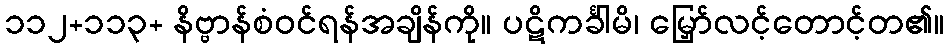
၁၁၂+၁၁၃+ နိဗ္ဗာန်စံဝင်ရန်အချိန်ကို။ ပဋိကင်္ခါမိ၊ မြှော်လင့်တောင့်တ၏။